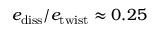
e _ { \mathrm { d i s s } } / e _ { \mathrm { t w i s t } } \approx 0 . 2 5